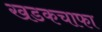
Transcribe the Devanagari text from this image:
खडकचाफा